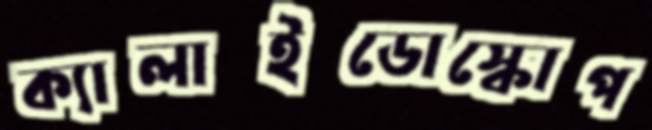
ক্যালাইডোস্কোপ